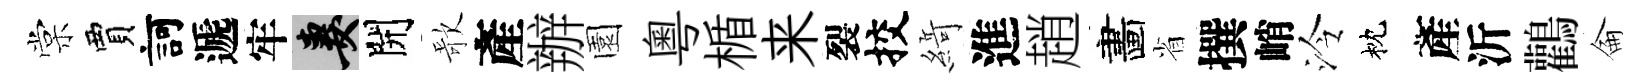
棠賈訶遞牢妻開歌產辦園粵楯来裂挍𦂶進趙畵省撰峭泠枕產沂鸛侖